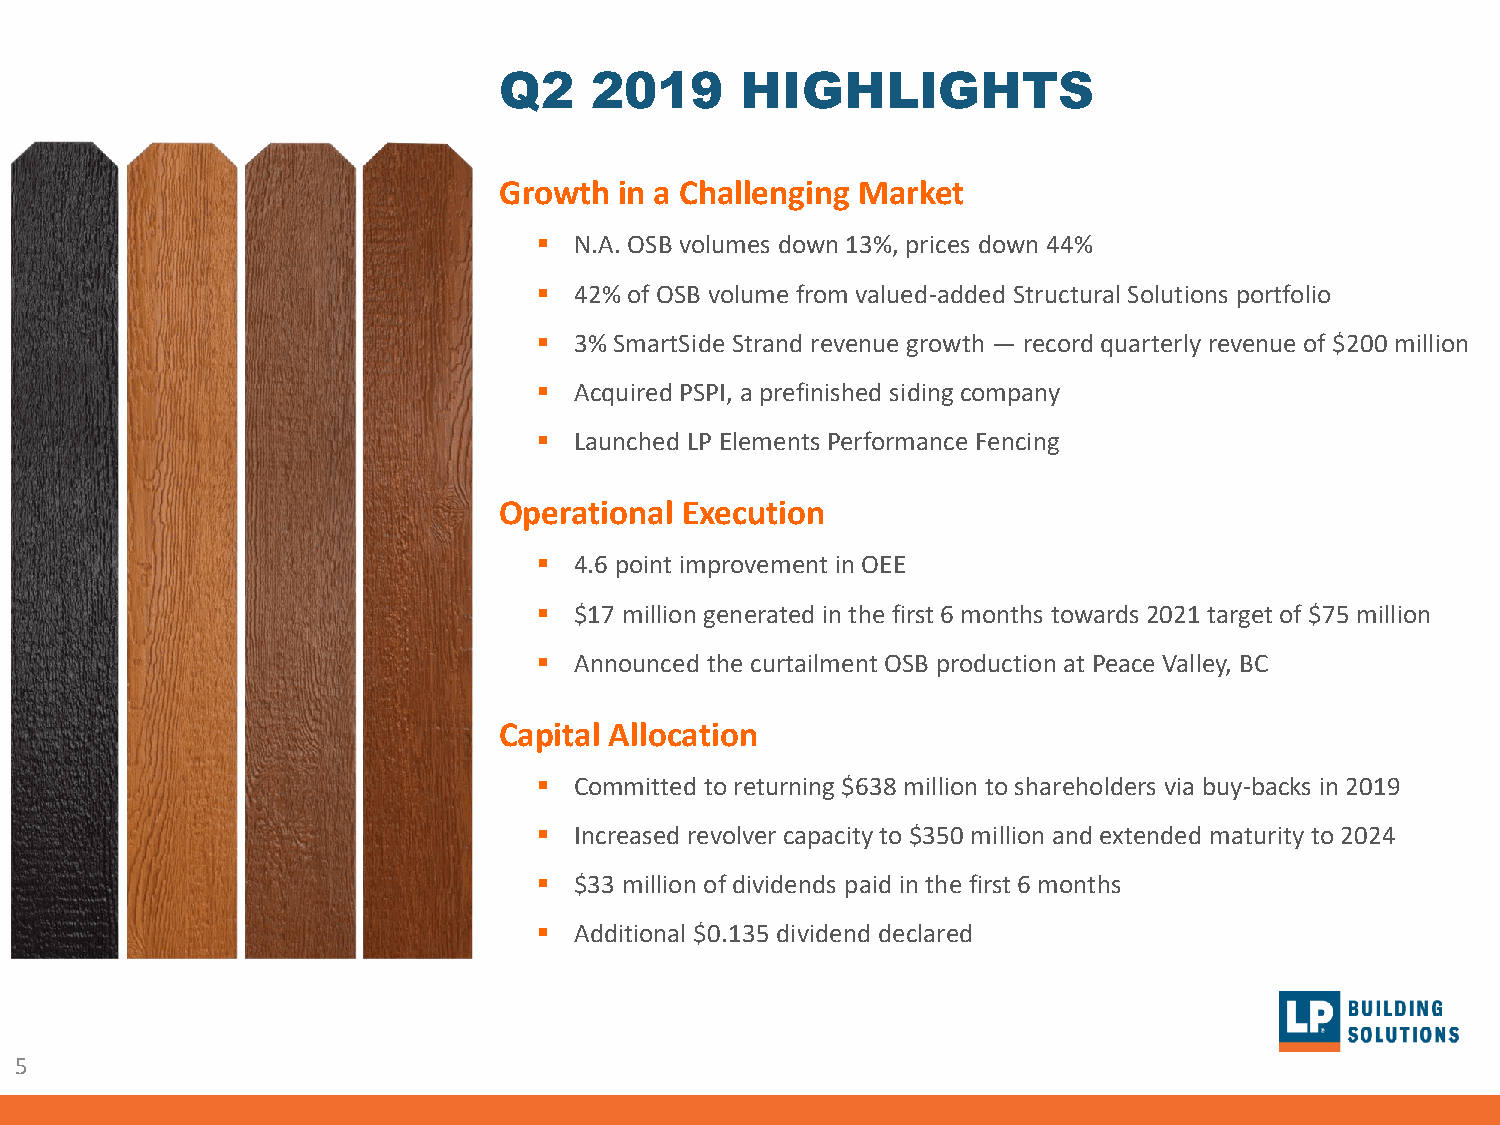
Q2    2019      HIGHLIGHTS
 Growth  in a Challenging Market
 ▪ N.A. OSB volumes down 13%, prices down 44%
 ▪ 42% of OSB volume from valued-added Structural Solutions portfolio
 ▪ 3% SmartSide Strand revenue growth — record quarterly revenue of $200 million
 ▪ Acquired PSPI, a prefinished siding company
 ▪ Launched LP Elements Performance Fencing
 Operational Execution
 ▪ 4.6 point improvement in OEE
 ▪ $17 million generated in the first 6 months towards 2021 target of $75 million
 ▪ Announced the curtailment OSB production at Peace Valley, BC
 Capital Allocation
 ▪ Committed to returning $638 million to shareholders via buy-backs in 2019
 ▪ Increased revolver capacity to $350 million and extended maturity to 2024
 ▪ $33 million of dividends paid in the first 6 months
 ▪ Additional $0.135 dividend declared
 5